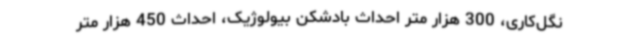
نگل‌کاری، 300 هزار متر احداث بادشکن بیولوژیک، احداث 450 هزار متر